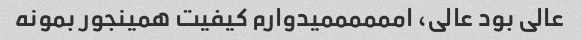
عالی بود عالی، اممممممیدوارم کیفیت همینجور بمونه